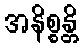
အနိစ္စန္တိ